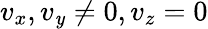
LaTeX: v_{x},v_{\mathit{y}}\ne0,v_{z}=0